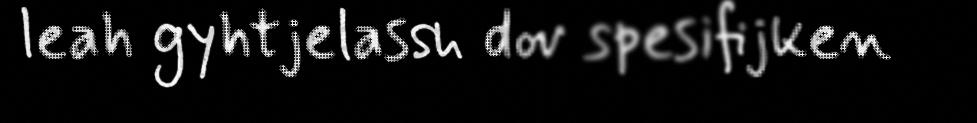
leah gyhtjelassh dov spesifijken